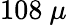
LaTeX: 108~\mu